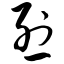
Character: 烈